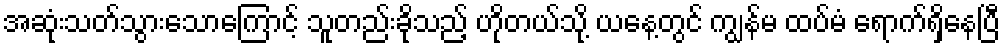
အဆုံးသတ်သွားသောကြောင့် သူတည်းခိုသည့် ဟိုတယ်သို့ ယနေ့တွင် ကျွန်မ ထပ်မံ ရောက်ရှိနေပြီ